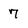
Character: 7